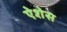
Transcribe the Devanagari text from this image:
ऐशेस